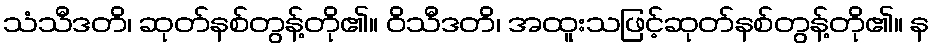
သံသီဒတိ၊ ဆုတ်နစ်တွန့်တို၏။ ဝိသီဒတိ၊ အထူးသဖြင့်ဆုတ်နစ်တွန့်တို၏။ န